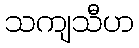
သကျသီဟ